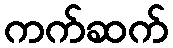
ကက်ဆက်